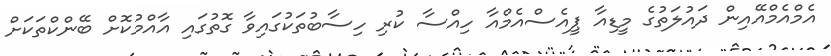
އެމްއެމްއޭއިން ދައުލަތުގެ މީޑިއާ ޕީއެސްއެމްއާ ހިއްސާ ކުރި ހިސާބުތަކުގައިވާ ގޮތުގައި އާއްމުކޮށް ބޭންކްތަކަށް